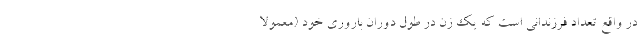
در واقع تعداد فرزندانی است که یک زن در طول دوران باروری خود (معمولا